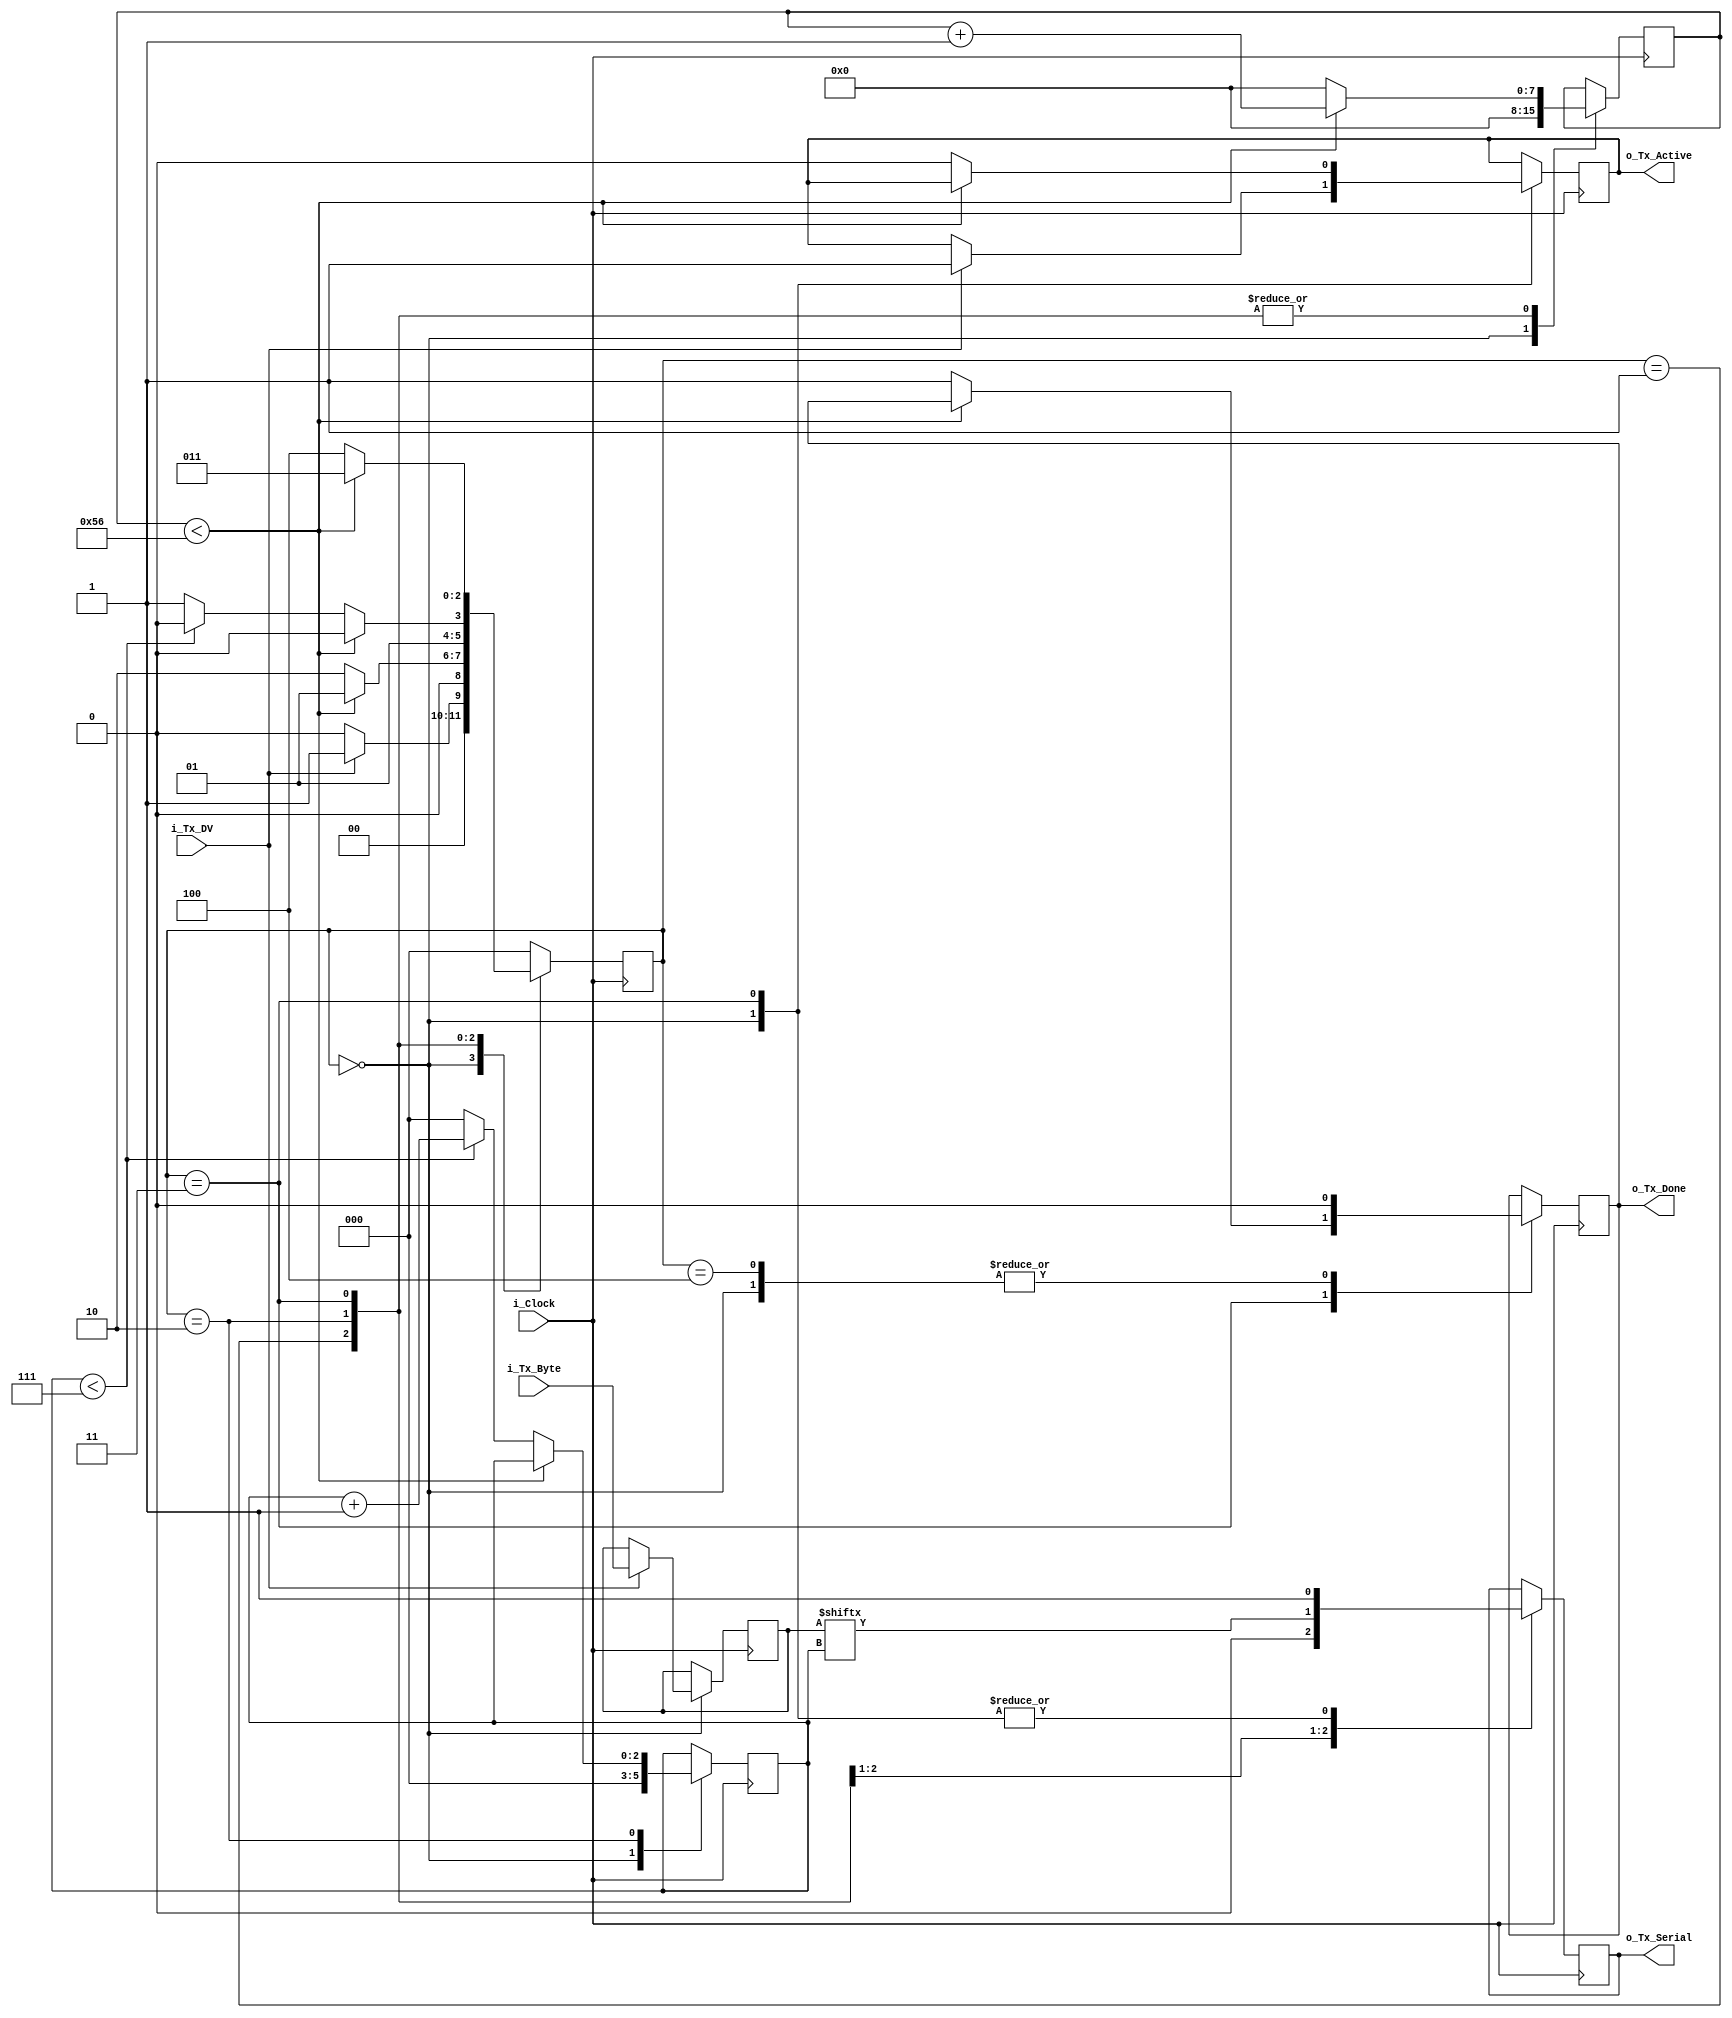
module uart_tx 
  (
   input       i_Clock,
   input       i_Tx_DV,
   input [7:0] i_Tx_Byte, 
   output      o_Tx_Active,
   output reg  o_Tx_Serial,
   output      o_Tx_Done
   );
  
  parameter s_IDLE         = 3'b000;
  parameter s_TX_START_BIT = 3'b001;
  parameter s_TX_DATA_BITS = 3'b010;
  parameter s_TX_STOP_BIT  = 3'b011;
  parameter s_CLEANUP      = 3'b100;
  parameter CLKS_PER_BIT   = 87;
   
  reg [2:0]    r_SM_Main     = 0;
  reg [7:0]    r_Clock_Count = 0;
  reg [2:0]    r_Bit_Index   = 0;
  reg [7:0]    r_Tx_Data     = 0;
  reg          r_Tx_Done     = 0;
  reg          r_Tx_Active   = 0;
     
  always @(posedge i_Clock)
    begin
       
      case (r_SM_Main)
        s_IDLE :
          begin
            o_Tx_Serial   <= 1'b1;         // Drive Line High for Idle
            r_Tx_Done     <= 1'b0;
            r_Clock_Count <= 0;
            r_Bit_Index   <= 0;
             
            if (i_Tx_DV == 1'b1)
              begin
                r_Tx_Active <= 1'b1;
                r_Tx_Data   <= i_Tx_Byte;
                r_SM_Main   <= s_TX_START_BIT;
              end
            else
              r_SM_Main <= s_IDLE;
          end // case: s_IDLE
         
         
        // Send out Start Bit. Start bit = 0
        s_TX_START_BIT :
          begin
            o_Tx_Serial <= 1'b0;
             
            // Wait CLKS_PER_BIT-1 clock cycles for start bit to finish
            if (r_Clock_Count < CLKS_PER_BIT-1)
              begin
                r_Clock_Count <= r_Clock_Count + 1;
                r_SM_Main     <= s_TX_START_BIT;
              end
            else
              begin
                r_Clock_Count <= 0;
                r_SM_Main     <= s_TX_DATA_BITS;
              end
          end // case: s_TX_START_BIT
         
         
        // Wait CLKS_PER_BIT-1 clock cycles for data bits to finish         
        s_TX_DATA_BITS :
          begin
            o_Tx_Serial <= r_Tx_Data[r_Bit_Index];
             
            if (r_Clock_Count < CLKS_PER_BIT-1)
              begin
                r_Clock_Count <= r_Clock_Count + 1;
                r_SM_Main     <= s_TX_DATA_BITS;
              end
            else
              begin
                r_Clock_Count <= 0;
                 
                // Check if we have sent out all bits
                if (r_Bit_Index < 7)
                  begin
                    r_Bit_Index <= r_Bit_Index + 1;
                    r_SM_Main   <= s_TX_DATA_BITS;
                  end
                else
                  begin
                    r_Bit_Index <= 0;
                    r_SM_Main   <= s_TX_STOP_BIT;
                  end
              end
          end // case: s_TX_DATA_BITS
         
         
        // Send out Stop bit.  Stop bit = 1
        s_TX_STOP_BIT :
          begin
            o_Tx_Serial <= 1'b1;
             
            // Wait CLKS_PER_BIT-1 clock cycles for Stop bit to finish
            if (r_Clock_Count < CLKS_PER_BIT-1)
              begin
                r_Clock_Count <= r_Clock_Count + 1;
                r_SM_Main     <= s_TX_STOP_BIT;
              end
            else
              begin
                r_Tx_Done     <= 1'b1;
                r_Clock_Count <= 0;
                r_SM_Main     <= s_CLEANUP;
                r_Tx_Active   <= 1'b0;
              end
          end // case: s_Tx_STOP_BIT
         
         
        // Stay here 1 clock
        s_CLEANUP :
          begin
            r_Tx_Done <= 1'b0; //this tick is only high for one clock cycle
            r_SM_Main <= s_IDLE;
          end
         
        default :
          r_SM_Main <= s_IDLE;
         
      endcase
    end
 
  assign o_Tx_Active = r_Tx_Active;
  assign o_Tx_Done   = r_Tx_Done;
   
endmodule